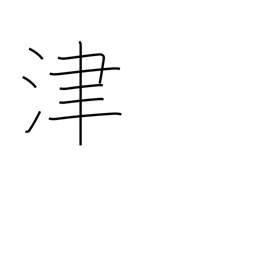
Meaning: ferry